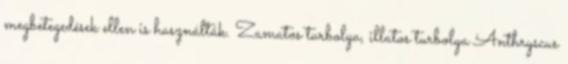
megbetegedések ellen is használták. Zamatos turbolya, illatos turbolya Anthryscus